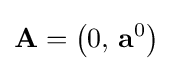
\mathbf {A} =\left(0,\,\mathbf {a} ^{0}\right)